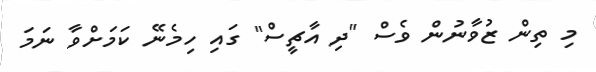
މި ތިން ޒުވާނުން ވެސް "ދި އާޗީސް" ގައި ހިމެނޭ ކަމަށްވާ ނަމަ